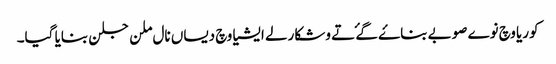
کوریا وچ نوے صوبے بناۓ گۓ تے وشکارلے ایشیا وچ دیساں نال ملن جلن بنایا گیا۔